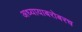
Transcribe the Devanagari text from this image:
अध्यायाबरोबरच